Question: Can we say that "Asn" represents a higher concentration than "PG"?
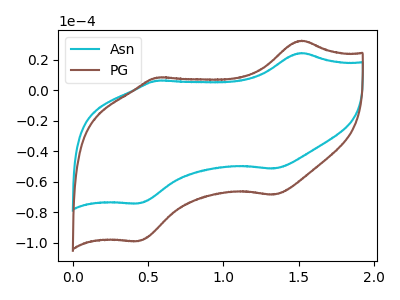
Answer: <think>The cyan curve "Asn" has anodic peaks at (1.50V, 24.35uA) (0.55V, 6.20uA) and cathodic peaks at (1.35V, -51.40uA) (0.45V, -74.25uA). The brown curve "PG" has anodic peaks at (1.50V, 32.40uA) (0.55V, 8.25uA) and cathodic peaks at (1.35V, -68.50uA) (0.45V, -98.95uA).
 All the peaks in "Asn" have a peak in "PG" at the same potential. Every peak in "Asn" is lower than every peak in "PG".</think>
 <answer>"Asn" has less signal than "PG" and so likely has a lower concentration.</answer>
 <eval>less_concentration</eval>